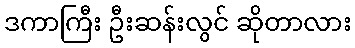
ဒကာကြီး ဦးဆန်းလွင် ဆိုတာလား